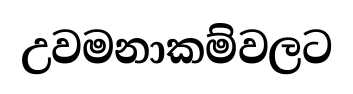
උවමනාකම්වලට